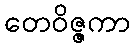
တေဝိဇ္ဇကာ